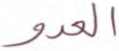
العدو